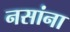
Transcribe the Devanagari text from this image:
नसांना